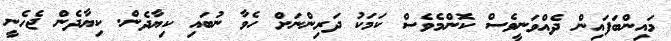
މައިންބަފައިން ދެއްވަނީވެސް ކޮންމެވެސް ކަމަކު ދަރިންނަށް ހެވާ ނުބައި ކިޔާދެން. ކިޔާދެން ޖެހެނީ